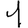
Digit: 1